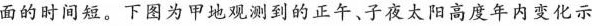
面的时间短。下图为甲地观测到的正午、子夜太阳高度年内变化示